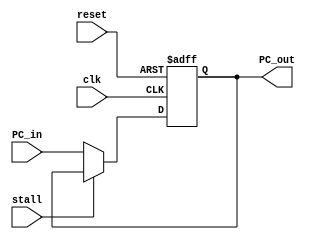
module program_counter(
  input [63:0] PC_in,
  input clk,
  input reset,
  input stall, 
  output reg [63:0] PC_out);
  
  always @(posedge clk or posedge reset)
    begin
      if (reset==1'b1)
        begin        
          PC_out = 64'd0;
        end
      else if (stall == 1'b0) 
        begin 
          PC_out = PC_in;
        end
    end
endmodule